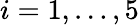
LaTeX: i=1,\dots,5